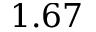
1 . 6 7